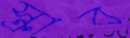
স্ক্রাব